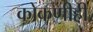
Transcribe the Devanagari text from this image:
कोकणीही